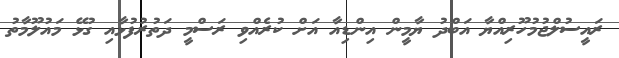
ރައީސުލްޖުމުހޫރިއްޔާ އަބްދު ޔާމީން އިންޑިއާ އަށް ކުރެއްވި ރަސްމީ ދަތުރުފުޅާއި ގުޅޭ މައުލޫމާތު